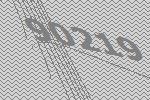
90219